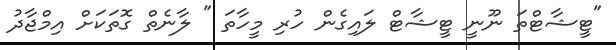
"ޓީޝާޓްތަ ނޫނީ ޓީޝާޓް ލައިގެން ހުރި މީހާތަ " ލާނެތް ގޮތަކަށް އިމްޖާދު